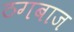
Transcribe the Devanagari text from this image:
ठगबाज